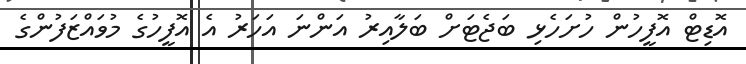
އޮޑިޓް އޮފީހުން ހުށަހެޅި ބަޖެޓަށް ބަލާއިރު އަންނަ އަހަރު އެ އޮފީހުގެ މުވައްޒަފުންގެ